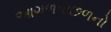
આગળપાછળનો